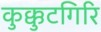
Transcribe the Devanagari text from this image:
कुक्कुटगिरि